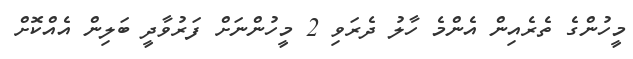
މީހުންގެ ތެރެއިން އެންމެ ހާލު ދެރަވި 2 މީހުންނަށް ފަރުވާދީ ބަލިން އެއްކޮށް